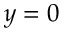
y = 0